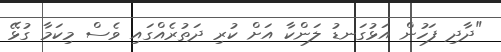
"ދާދި ފަހުން އަޅުގަނޑު ލަންކާ އަށް ކުރި ދަތުރެއްގައި ވެސް މިކަމާ ގުޅޭ